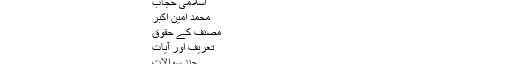
محمد امین اکبر - بزم اردو لائبریریبزم اردو لائبریری
اسلامی حجاب
محمد امین اکبر
مصنف کے حقوق
تعریف اور آیات
چند سوالات
معاشرتی قوانین کا نفاذ بذریعہ قوت؟